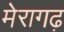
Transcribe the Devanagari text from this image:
मेरागढ़